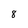
Character: 8